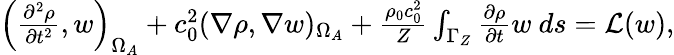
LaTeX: \begin{array}{r}{\left(\frac{\partial^{2}\rho}{\partial t^{2}},w\right)_{\Omega_{A}}+c_{0}^{2}(\nabla\rho,\nabla w)_{\Omega_{A}}+\frac{\rho_{0}c_{0}^{2}}{Z}\int_{\Gamma_{Z}}\frac{\partial\rho}{\partial t}w\ ds=\mathcal{L}(w),}\end{array}